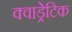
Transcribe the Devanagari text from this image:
क्वाड्रेटिक